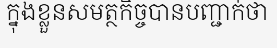
ក្នុងខ្លួនសមត្ថកិច្ចបានបញ្ជាក់ថា